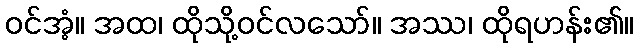
ဝင်အံ့။ အထ၊ ထိုသို့ဝင်လသော်။ အဿ၊ ထိုရဟန်း၏။